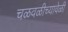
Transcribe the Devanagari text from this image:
चळवळीच्यावेळी